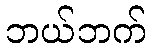
ဘယ်ဘက်